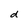
Character: d